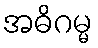
အဓိဂမ္မ